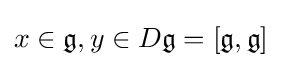
x\in {\mathfrak {g}},y\in D{\mathfrak {g}}=[{\mathfrak {g}},{\mathfrak {g}}]